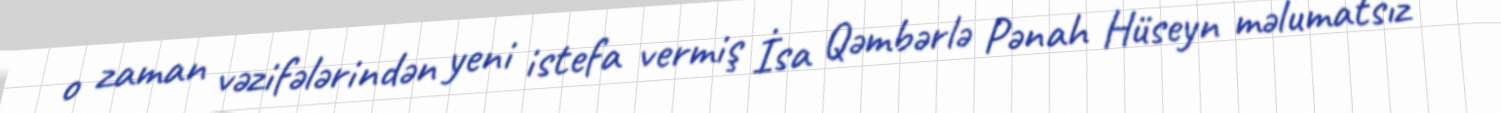
o zaman vəzifələrindən yeni istefa vermiş İsa Qəmbərlə Pənah Hüseyn məlumatsız